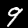
Digit: 9